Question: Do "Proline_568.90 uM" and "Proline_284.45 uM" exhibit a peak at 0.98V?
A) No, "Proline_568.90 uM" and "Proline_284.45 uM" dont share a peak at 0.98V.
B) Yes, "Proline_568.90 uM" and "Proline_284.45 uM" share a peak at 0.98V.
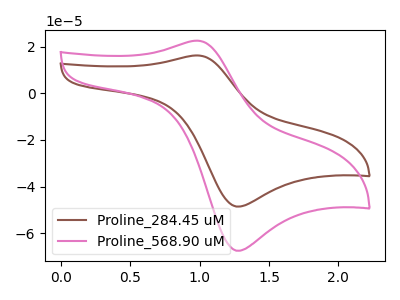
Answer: <think>The brown curve "Proline_284.45 uM" has an anodic peak at (1.00V, 16.25uA) and a cathodic peak at (1.25V, -48.55uA). The pink curve "Proline_568.90 uM" has an anodic peak at (1.00V, 22.60uA) and a cathodic peak at (1.25V, -67.50uA).</think>
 <answer>B) Yes, "Proline_568.90 uM" and "Proline_284.45 uM" share a peak at 0.98V.</answer>
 <eval>B</eval>